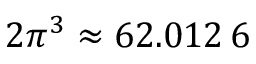
2 \pi ^ { 3 } \approx 6 2 . 0 1 2 \, 6